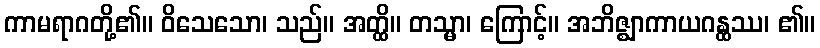
ကာမရာဂတို့၏။ ဝိသေသော၊ သည်။ အတ္ထိ။ တသ္မာ၊ ကြောင့်။ အဘိဇ္ဈာကာယဂန္ထဿ၊ ၏။